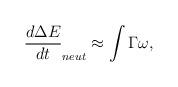
LaTeX: \begin{align*}\frac{d\Delta E}{dt}_{neut} \approx \int \Gamma \omega,\end{align*}